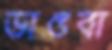
ভাঙবা